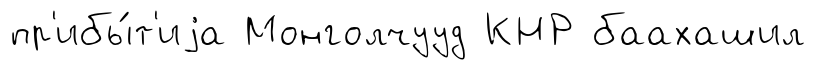
пр'ибы́т'иjа Монголчууд КНР баахашил